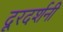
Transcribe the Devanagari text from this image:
दूरदर्शनी